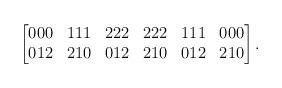
LaTeX: \begin{align*} \begin{bmatrix} 000 & 111 & 222 & 222 & 111 & 000\\ 012 & 210 & 012 & 210 & 012 & 210 \end{bmatrix}. \end{align*}